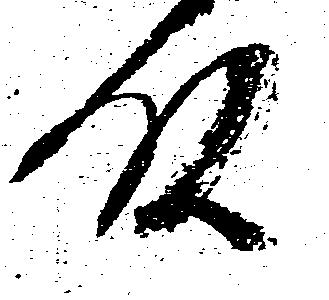
殿